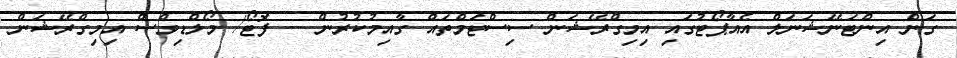
ގަން އިންޓަނޭޝަނަލް އެއާޕޯޓުގައި އިމިގްރޭޝަން ސިސްޓަމްތައް ގާއިމުކުރުން -- ފޮޓޯ/ މޯލްޑިވްސް އިމިގްރޭޝަން